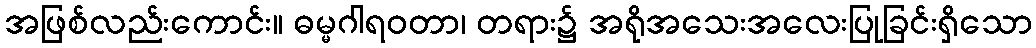
အဖြစ်လည်းကောင်း။ ဓမ္မဂါရဝတာ၊ တရား၌ အရိုအသေးအလေးပြုခြင်းရှိသော